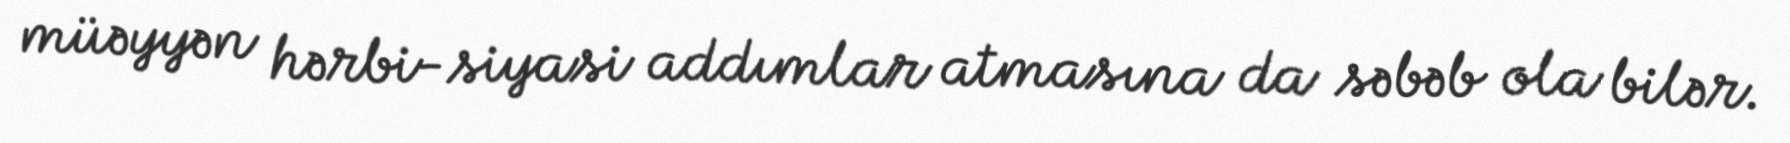
müəyyən hərbi-siyasi addımlar atmasına da səbəb ola bilər.